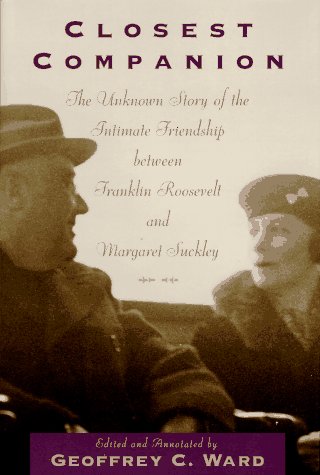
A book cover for Closest Companion: The Unknown Story of the Intimate Friendship Between Franklin Roosevelt and Margaret Suckley; Biographies & Memoirs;